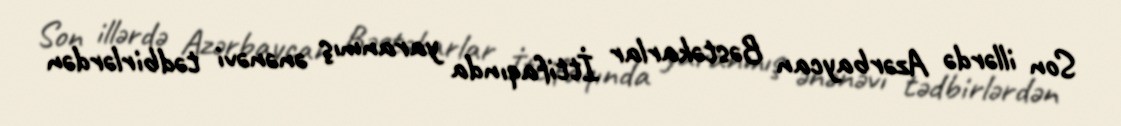
Son illərdə Azərbaycan Bəstəkarlar İttifaqında yaranmış ənənəvi tədbirlərdən